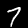
Digit: 7